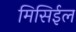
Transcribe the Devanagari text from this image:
मिसिईल